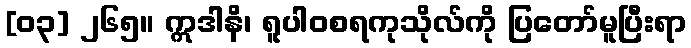
[၀၃] ၂၆၅။ ဣဒါနိ၊ ရူပါဝစရကုသိုလ်ကို ပြတော်မူပြီးရာ